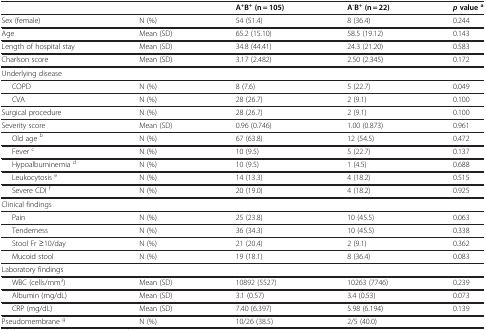
|  |  | A+B+ (n = 105) | A-B+ (n = 22) | p value a |
 | --- | --- | --- | --- | --- |
 | Sex (female) | N (%) | 54 (51.4) | 8 (36.4) | 0.244 |
 | Age | Mean (SD) | 65.2 (15.10) | 58.5 (19.12) | 0.143 |
 | Length of hospital stay | Mean (SD) | 34.8 (44.41) | 24.3 (21.20) | 0.583 |
 | Charlson score | Mean (SD) | 3.17 (2.482) | 2.50 (2.345) | 0.172 |
 | <COLSPAN=5> Underlying disease |
 | COPD | N (%) | 8 (7.6) | 5 (22.7) | 0.049 |
 | CVA | N (%) | 28 (26.7) | 2 (9.1) | 0.100 |
 | Surgical procedure | N (%) | 28 (26.7) | 2 (9.1) | 0.100 |
 | Severity score | Mean (SD) | 0.96 (0.746) | 1.00 (0.873) | 0.961 |
 | Old age b | N (%) | 67 (63.8) | 12 (54.5) | 0.472 |
 | Fever c | N (%) | 10 (9.5) | 5 (22.7) | 0.137 |
 | Hypoalbuminemia d | N (%) | 10 (9.5) | 1 (4.5) | 0.688 |
 | Leukocytosis e | N (%) | 14 (13.3) | 4 (18.2) | 0.515 |
 | Severe CDI f | N (%) | 20 (19.0) | 4 (18.2) | 0.925 |
 | <COLSPAN=5> Clinical findings |
 | Pain | N (%) | 25 (23.8) | 10 (45.5) | 0.063 |
 | Tenderness | N (%) | 36 (34.3) | 10 (45.5) | 0.338 |
 | Stool Fr ≥10/day | N (%) | 21 (20.4) | 2 (9.1) | 0.362 |
 | Mucoid stool | N (%) | 19 (18.1) | 8 (36.4) | 0.083 |
 | <COLSPAN=5> Laboratory findings |
 | WBC (cells/mm3) | Mean (SD) | 10892 (5527) | 10263 (7746) | 0.239 |
 | Albumin (mg/dL) | Mean (SD) | 3.1 (0.57) | 3.4 (0.53) | 0.073 |
 | CRP (mg/dL) | Mean (SD) | 7.40 (6.397) | 5.98 (6.194) | 0.139 |
 | Pseudomembrane g | N (%) | 10/26 (38.5) | 2/5 (40.0) |  |